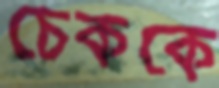
চেককে